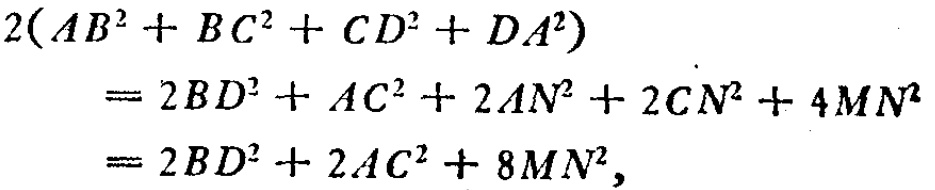
\[
\begin{align*}
2(AB^{2}+BC^{2}+CD^{2}+DA^{2})&=2BD^{2}+AC^{2}+2AN^{2}+2CN^{2}+4MN^{2}\\
&=2BD^{2}+2AC^{2}+8MN^{2},
\end{align*}
\]